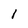
Character: 1